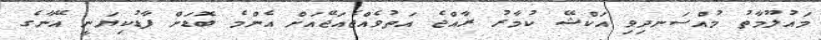
މައުލޫމާތު މުއްސަނދިވި އަކްޝޭ ކުމާރު ރާއްޖެ އަތުވެއްޖެއަޖޭއަށް އެންމެ ބޮޑަށް ފާޑުކިޔަނީ އޭނާގެ